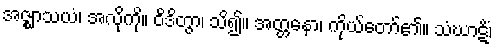
အဇ္ဈာသယံ၊ အလိုကို။ ဝိဒိတွာ၊ သိ၍။ အတ္တနော၊ ကိုယ်တော်၏။ သံဃာဋိံ၊